Burma Government Medical School reports 1907-22
Year: 1907
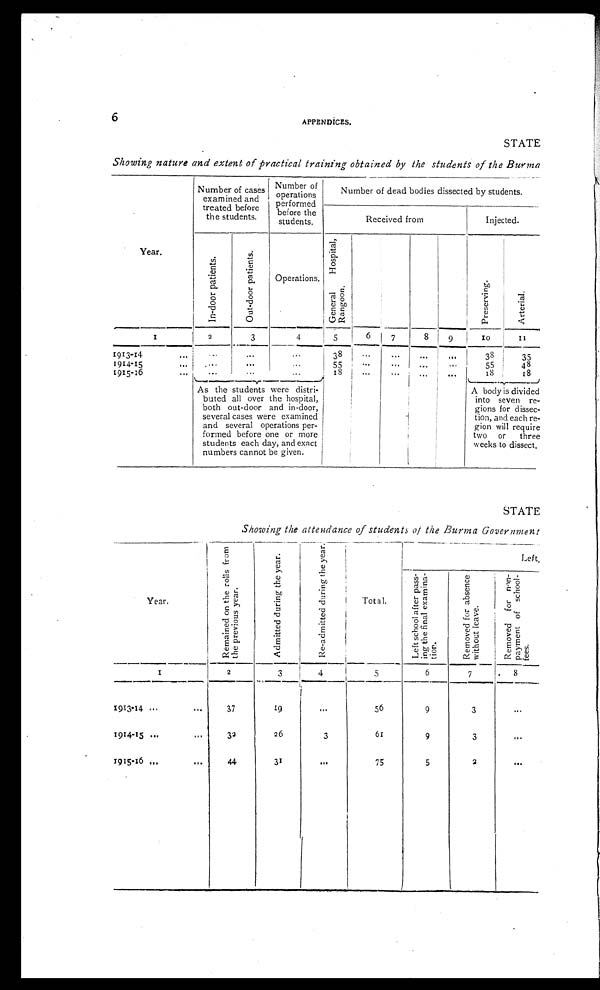
6
APPENDICES.
STATE
Showing nature and extent of practical training obtained by the students of the Burma
Year.
Number of cases
examined and
treated before
the students.
Numbe r of ope r a t i ons pe r f or me d be f or e t he s t ude nt s .
Number of dead bodies dissected by students.
Received from
Injected.
I n - d o o r p a t i e n t s .
O u t - d o o r p a t i e n t s .
Operations.
G e n e r a l H o s p i t a l , R a n g o o n .
Pr e s e r vi ng.
Ar t e r i a l .
1
2
3
4
5
6 1 7
8 9
10
11
1913-14 ...
...
...
...
38 ...
...
...
...
38
35
1914-15 ... ...
...
...
55
...
...
...
...
55
48
1915-16 ...
...
...
...
18 ...
...
...
...
18
18
Asthe students weredistri-
buted all over the hospital,
both out-door and in-door,
several cases were examined
and several operations per-
formed before one or more
students each day, and exact
numbers cannot be given.
A body is divided
into seven re-
gions for dissec-
tion, and each re -
gion will require
two or three
weeks to dissect.
STATE
Showing the attendance of students of the Burma Government
Year.
R e m a i n e d o n t h e r o l l s f r o mt
h e p r e v i o u s y e a r .
A d m i t t e d d u r i n g t h e y e a r .
R e - a d m i t t e d d u r i n g t h e y e a r .
Total.
Left,
L e f t s c h o o l a f t e r p a s s - i n g t h e f i n a l e x a m i n a -
tion.
R e m o v e d f o r a b s e n c e w i t h o u t l e a v e .
R e m o v e d f o r n o n - p a y m e n t o f s c h o o l f e e s .
1
2
3
4
5
6
7
8
1913-14 ...
...
37
19
...
56
9
3
...
1914-15 ... ...
32
26
3
61
9
3
...
1915-16 ...
...
44
31
...
75
5
2
...